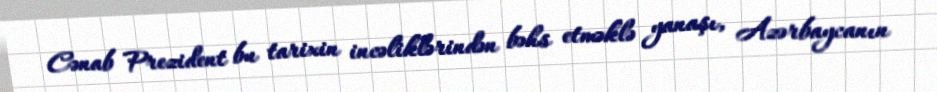
Cənab Prezident bu tarixin incəliklərindən bəhs etməklə yanaşı, Azərbaycanın